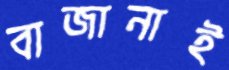
বাজানাই